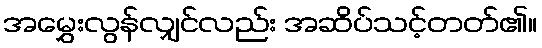
အမွှေးလွန်လျှင်လည်း အဆိပ်သင့်တတ်၏။